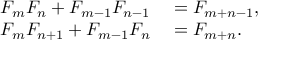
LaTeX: \begin{array} { r l } { { F _ { m } } { F _ { n } } + { F _ { m - 1 } } { F _ { n - 1 } } } & { { } = F _ { m + n - 1 } , } \\ { F _ { m } F _ { n + 1 } + F _ { m - 1 } F _ { n } } & { { } = F _ { m + n } . } \end{array}